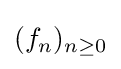
(f_{n})_{n\geq 0}